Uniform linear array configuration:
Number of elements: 8
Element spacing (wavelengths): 1
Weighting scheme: binomial
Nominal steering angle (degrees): -30
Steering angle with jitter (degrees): -31.725
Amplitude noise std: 0.05
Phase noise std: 0.05

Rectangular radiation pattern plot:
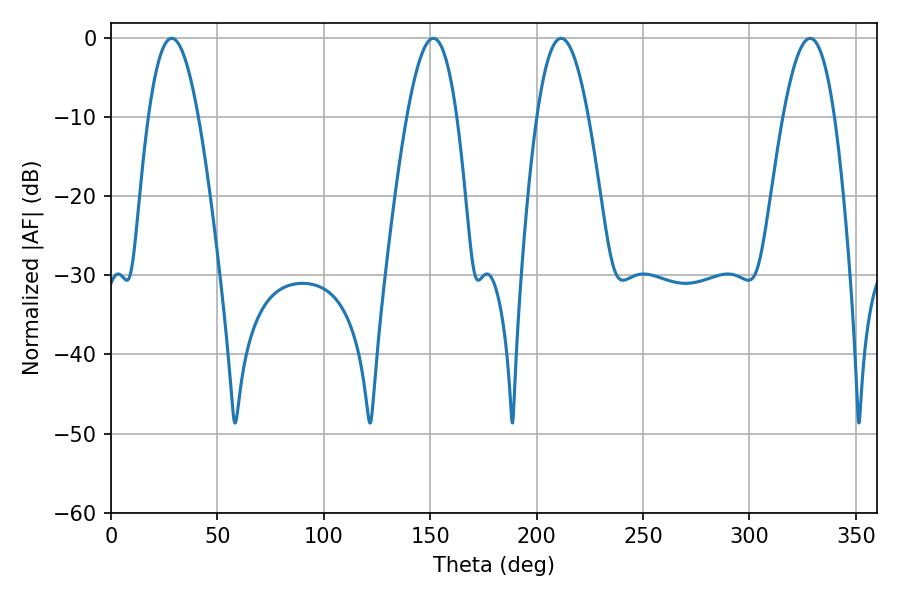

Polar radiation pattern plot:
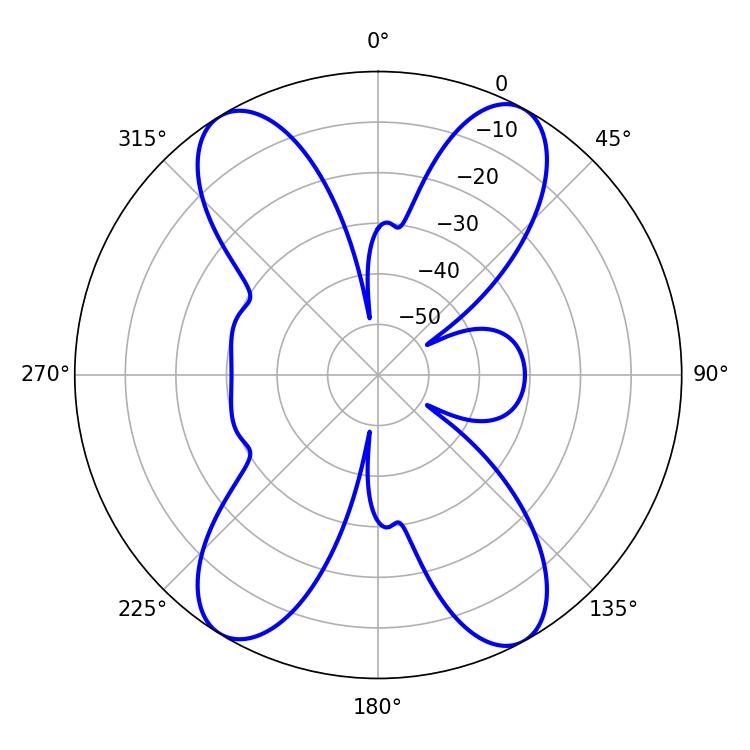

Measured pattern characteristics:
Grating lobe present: TRUE
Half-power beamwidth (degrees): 13.32
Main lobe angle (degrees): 328.5